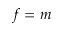
f = m